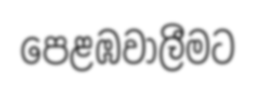
පෙළඹවාලීමට